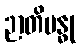
ဉာတိဗန္ဓု